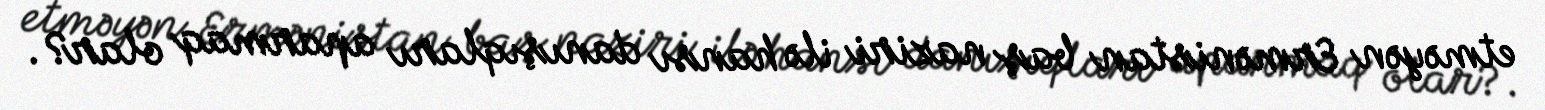
etməyən Ermənistan baş naziri ilə hansı danışıqları aparmaq olar?.